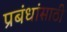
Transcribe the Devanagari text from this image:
प्रबंधांसाठी